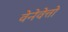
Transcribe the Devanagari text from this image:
वेनेवेत्तो